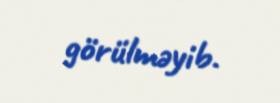
görülməyib.